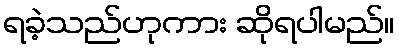
ရခဲ့သည်ဟုကား ဆိုရပါမည်။